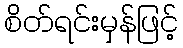
စိတ်ရင်းမှန်ဖြင့်